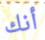
أنك